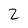
Character: 2